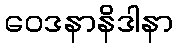
ဝေဒနာနိဒါနာ